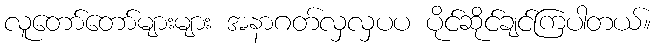
လူတော်တော်များများ အနာဂတ်လှလှပပ ပိုင်ဆိုင်ချင်ကြပါတယ်။